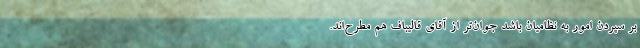
بر سپردن امور به نظامیان باشد جوان‌تر از آقای قالیباف هم مطرح‌اند.